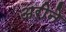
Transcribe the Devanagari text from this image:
अरीने